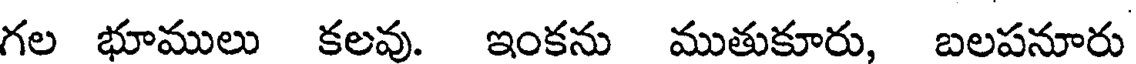
గల భూములు కలవు. ఇంకను ముతుకూరు, బలపనూరు